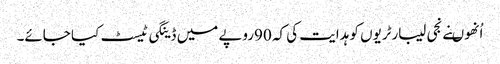
اُنھوںنے نجی لیبارٹریوں کو ہدایت کی کہ 90روپے میں ڈینگی ٹیسٹ کیا جائے۔